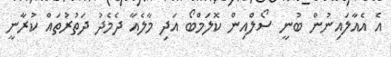
އެ އެއާލައިނުން ބުނީ ސޯލްއިން ކޮލަމްބޯ އަދި މާލެއާ ދެމެދު ދަތުރުތައް ކުރާނީ